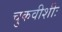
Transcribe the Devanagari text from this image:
चुकवीशीः